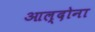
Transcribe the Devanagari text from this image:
आल्दोना